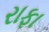
રાફા